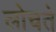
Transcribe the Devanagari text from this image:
लोचते